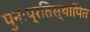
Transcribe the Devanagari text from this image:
पुनःप्रतिस्थापित